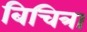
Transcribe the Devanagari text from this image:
बिचित्रा